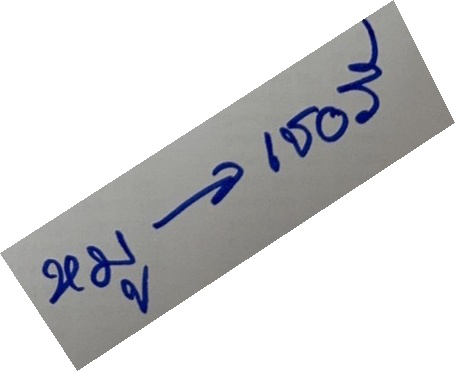
หมู -> เชอรี่